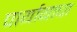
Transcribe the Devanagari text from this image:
पार्यायाचा